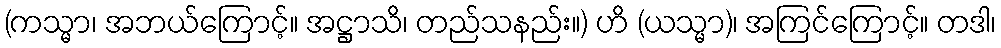
(ကသ္မာ၊ အဘယ်ကြောင့်။ အဋ္ဌာသိ၊ တည်သနည်း။) ဟိ (ယသ္မာ)၊ အကြင်ကြောင့်။ တဒါ၊